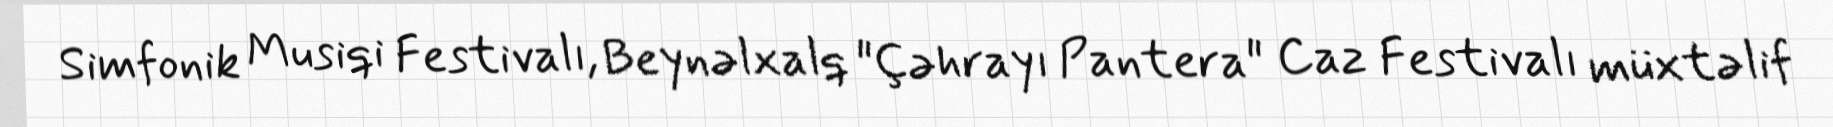
Simfonik Musiqi Festivalı, Beynəlxalq "Çəhrayı Pantera" Caz Festivalı müxtəlif